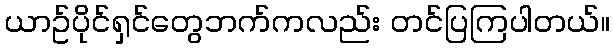
ယာဥ်ပိုင်ရှင်တွေဘက်ကလည်း တင်ပြကြပါတယ်။